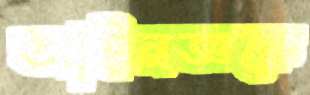
আইনজ্ঞকে